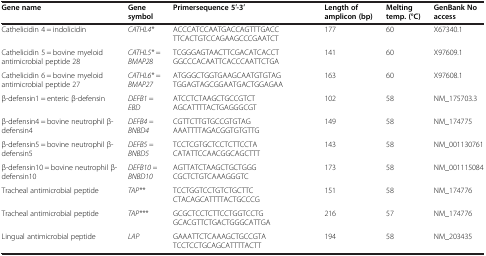
<table><thead><tr><td><b>Gene name</b></td><td><b>Gene symbol</b></td><td><b>Primersequence 5′-3′</b></td><td><b>Length of amplicon (bp)</b></td><td><b>Melting temp. (°C)</b></td><td><b>GenBank No access</b></td></tr></thead><tbody><tr><td>Cathelicidin 4 = indolicidin</td><td><i>CATHL4*</i></td><td>ACCCATCCAATGACCAGTTTGACC TTCACTGTCCAGAAGCCCGAATCT</td><td>177</td><td>60</td><td>X67340.1</td></tr><tr><td>Cathelicidin 5 = bovine myeloid antimicrobial peptide 28</td><td><i>CATHL5*</i> = <i>BMAP28</i></td><td>TCGGGAGTAACTTCGACATCACCT GGCCCACAATTCACCCAATTCTGA</td><td>141</td><td>60</td><td>X97609.1</td></tr><tr><td>Cathelicidin 6 = bovine myeloid antimicrobial peptide 27</td><td><i>CATHL6*</i> = <i>BMAP27</i></td><td>ATGGGCTGGTGAAGCAATGTGTAG TGGAGTAGCGGAATGACTGGAGAA</td><td>163</td><td>60</td><td>X97608.1</td></tr><tr><td>β-defensin1 = enteric β-defensin</td><td><i>DEFB1</i> = <i>EBD</i></td><td>ATCCTCTAAGCTGCCGTCT AGCATTTTACTGAGGGCGT</td><td>102</td><td>58</td><td>NM_175703.3</td></tr><tr><td>β-defensin4 = bovine neutrophil β-defensin4</td><td><i>DEFB4 = BNBD4</i></td><td>CGTTCTTGTGCCGTGTAG AAATTTTAGACGGTGTGTTG</td><td>149</td><td>58</td><td>NM_174775</td></tr><tr><td>β-defensin5 = bovine neutrophil β-defensin5</td><td><i>DEFB5 = BNBD5</i></td><td>TCCTCGTGCTCCTCTTCCTA CATATTCCAACGGCAGCTTT</td><td>143</td><td>58</td><td>NM_001130761</td></tr><tr><td>β-defensin10 = bovine neutrophil β-defensin10</td><td><i>DEFB10 = BNBD10</i></td><td>AGTTATCTAAGCTGCTGGG CGCTCTGTCAAAGGGTC</td><td>173</td><td>58</td><td>NM_001115084</td></tr><tr><td>Tracheal antimicrobial peptide</td><td><i>TAP**</i></td><td>TCCTGGTCCTGTCTGCTTC CTACAGCATTTTACTGCCCG</td><td>151</td><td>58</td><td>NM_174776</td></tr><tr><td>Tracheal antimicrobial peptide</td><td><i>TAP***</i></td><td>GCGCTCCTCTTCCTGGTCCTG GCACGTTCTGACTGGGCATTGA</td><td>216</td><td>57</td><td>NM_174776</td></tr><tr><td>Lingual antimicrobial peptide</td><td><i>LAP</i></td><td>GAAATTCTCAAAGCTGCCGTA TCCTCCTGCAGCATTTTACTT</td><td>194</td><td>58</td><td>NM_203435</td></tr></tbody></table>